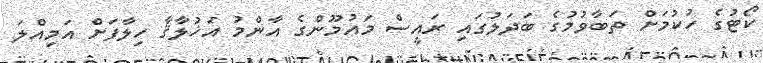
ކޯޓުގެ ހުކުމަށް ތަބާވުމުގެ ބަދަލުގައި ރައީސް މައުމޫންގެ އާންމު އަޚުލާޤާ ހިލާފަށް އަމިއްލަ